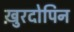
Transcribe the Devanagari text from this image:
ख़ुरदोपिन